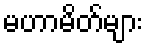
မဟာမိတ်များ